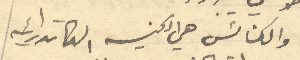
والكنائس هي الكنيسه الكاتدرائيه